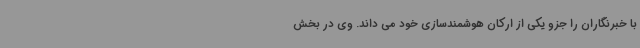
با خبرنگاران را جزو یکی از ارکان هوشمندسازی خود می داند. وی در بخش